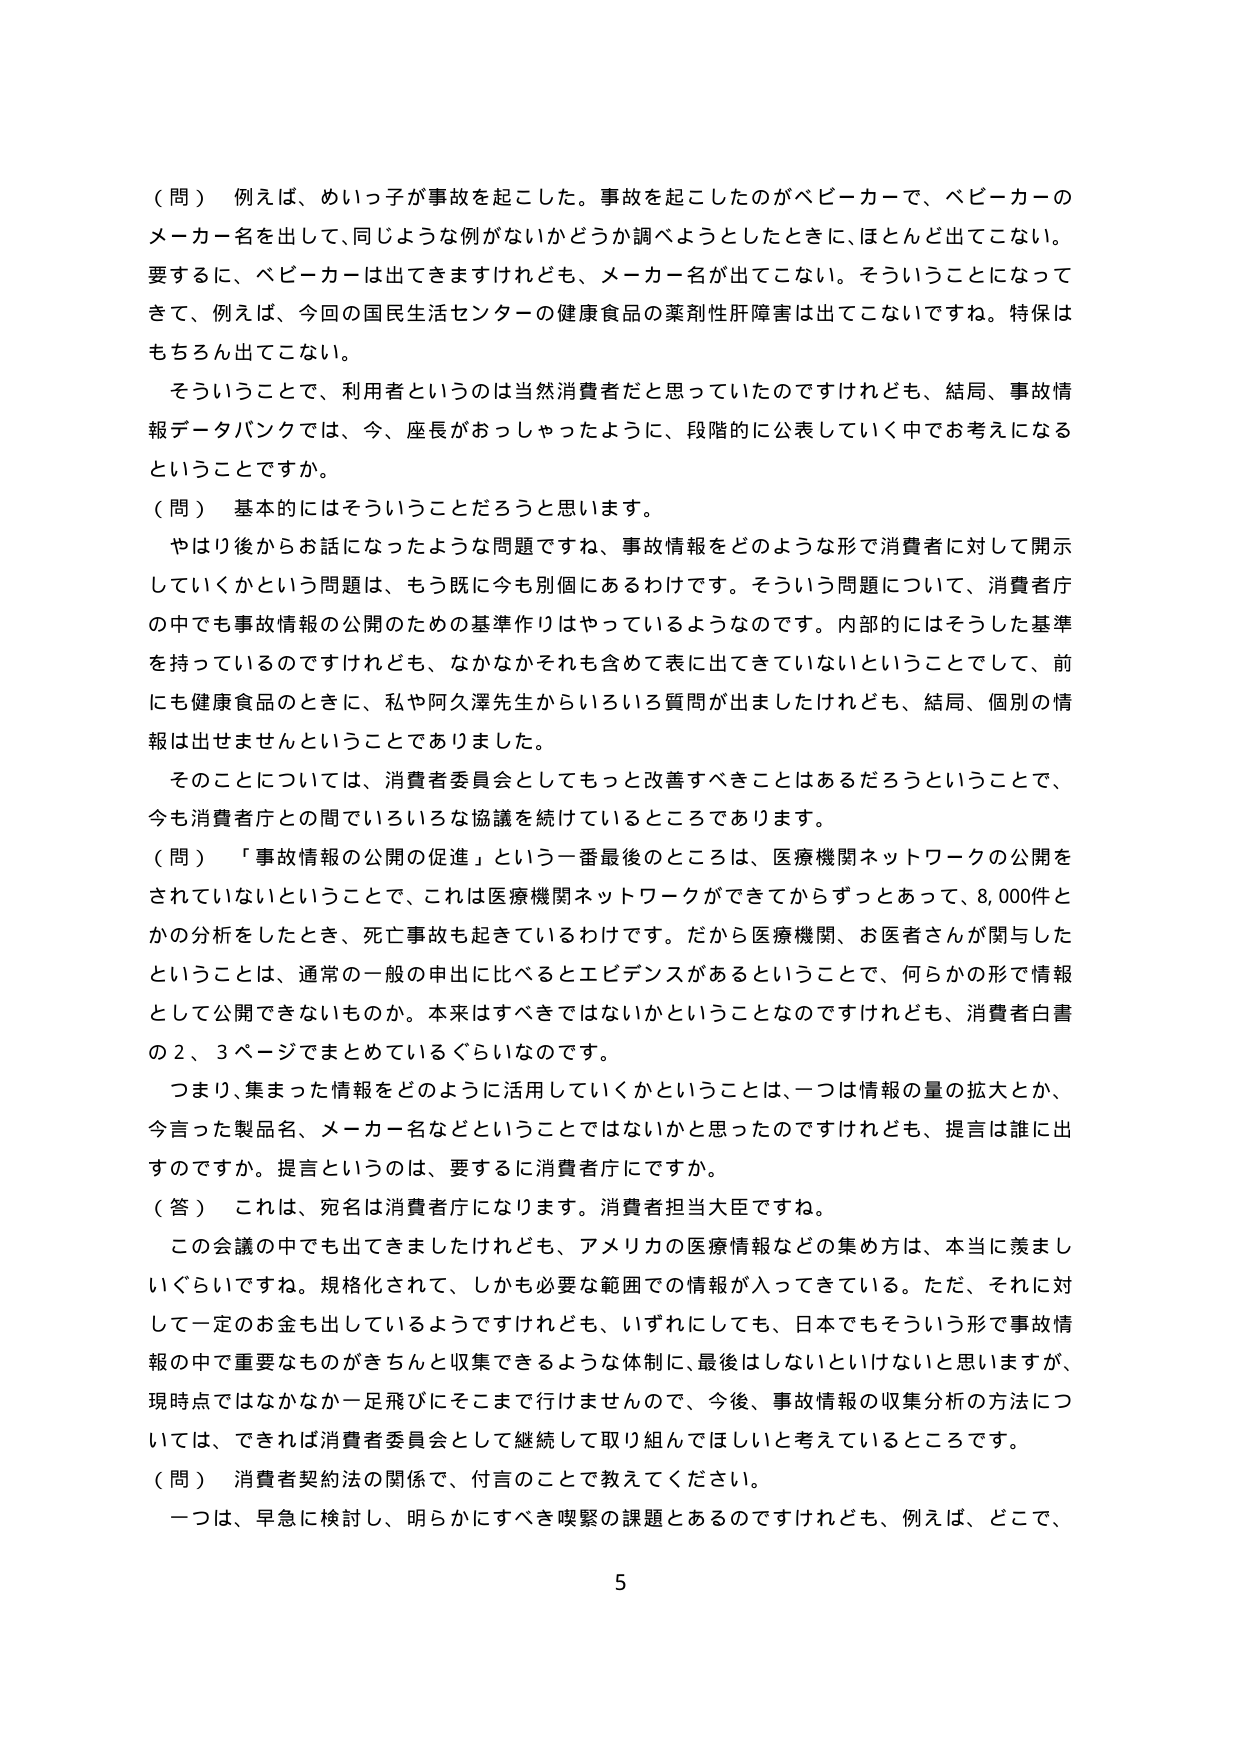
（問） 例えば、めいっ子が事故を起こした。事故を起こしたのがベビーカーで、ベビーカーのメーカー名を出して、同じような例がないかどうか調べようとしたときに、ほとんど出てこない。要するに、ベビーカーは出てきますけれども、メーカー名が出てこない。そういうことになってきて、例えば、今回の国民生活センターの健康食品の薬剤性肝障害は出てこないですね。特保はもちろん出てこない。

そういうことで、利用者というのは当然消費者だと思っていたのですけれども、結局、事故情報データバンクでは、今、座長がおっしゃったように、段階的に公表していく中でお考えになるということですか。

（問） 基本的にはそういうことだろうと思います。

やはり後からお話になったような問題ですね、事故情報をどのような形で消費者に対して開示していくかという問題は、もう既に今も個別にあるわけです。そういう問題について、消費者庁の中でも事故情報の公開のための基準作りはやっているようなのです。内部的にはそうした基準を持っているのですけれども、なかなかそれも含めて表に出てきていないということでして、前にも健康食品のときに、私や阿久澤先生からいろいろ質問が出ましたけれども、結局、個別の情報は出せませんということでありました。

そのことについては、消費者委員会としてもっと改善すべきことはあるだろうということで、今も消費者庁との間でいろいろな協議を続けているところであります。

（問） 「事故情報の公開の促進」という一番最後のところは、医療機関ネットワークの公開をされていないということで、これは医療機関ネットワークができてからずっとあって、8,000件とかの分析をしたとき、死亡事故も起きているわけです。だから医療機関、お医者さんが関与したということは、通常の一般の申出に比べるとエビデンスがあるということで、何らかの形で情報として公開できないものか。本来はすべきではないかということなのですけれども、消費者白書の2、3ページでまとめているぐらいなのです。

つまり、集まった情報をどのように活用していくかということは、一つは情報の量の拡大とか、今言った製品名、メーカー名などということではないかと思ったのですけれども、提言は誰が出すのですか。提言というのは、要するに消費者庁にですか。

（答） これは、宛名は消費者庁になります。消費者担当大臣ですね。

この会議の中でも出てきましたけれども、アメリカの医療情報などの集め方は、本当に羨ましいぐらいですね。規格化されて、しかも必要な範囲での情報が入ってきている。ただ、それに対して一定のお金も出しているようですけれども、いずれにしても、日本でもそういう形で事故情報の中で重要なものがきちんと収集できるような体制に、最後はしないといけないと思いますが、現時点ではなかなか一足飛びにそこまで行けませんので、今後、事故情報の収集分析の方法については、できれば消費者委員会として継続して取り組んでほしいと考えているところです。

（問） 消費者契約法の関係で、付言のことで教えてください。

一つは、早急に検討し、明らかにするべき喫緊の課題とあるのですけれども、例えば、どこで、

5